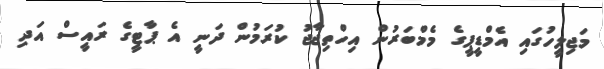
މަޖިލީހުގައި އެމްޑީޕީގެ މެމްބަރުން އިހްތިޖާޖު ކުރަމުން ދަނީ އެ ޕާޓީގެ ރައީސް އަދި